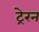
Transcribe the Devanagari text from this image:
ट्रेरन